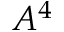
A ^ { 4 }